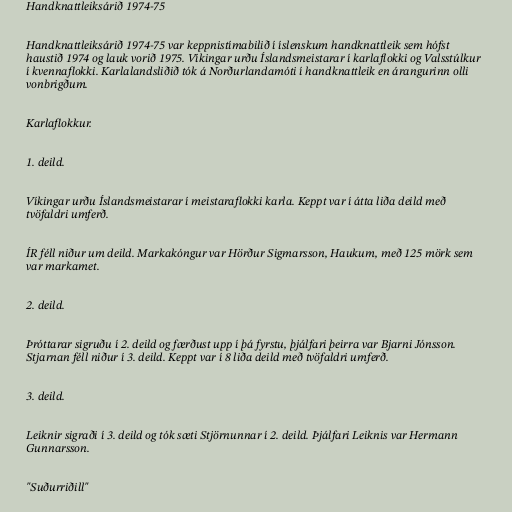
Handknattleiksárið 1974-75

Handknattleiksárið 1974-75 var keppnistímabilið í íslenskum handknattleik sem hófst
haustið 1974 og lauk vorið 1975. Víkingar urðu Íslandsmeistarar í karlaflokki og Valsstúlkur
í kvennaflokki. Karlalandsliðið tók á Norðurlandamóti í handknattleik en árangurinn olli
vonbrigðum.

Karlaflokkur.

1. deild.

Víkingar urðu Íslandsmeistarar í meistaraflokki karla. Keppt var í átta liða deild með
tvöfaldri umferð.

ÍR féll niður um deild. Markakóngur var Hörður Sigmarsson, Haukum, með 125 mörk sem
var markamet.

2. deild.

Þróttarar sigruðu í 2. deild og færðust upp í þá fyrstu, þjálfari þeirra var Bjarni Jónsson.
Stjarnan féll niður í 3. deild. Keppt var í 8 liða deild með tvöfaldri umferð.

3. deild.

Leiknir sigraði í 3. deild og tók sæti Stjörnunnar í 2. deild. Þjálfari Leiknis var Hermann
Gunnarsson.

"Suðurriðill"